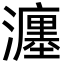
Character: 瀍